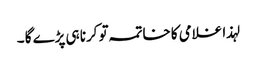
لہذا غلامی کا خاتمہ تو کرنا ہی پڑے گا ۔